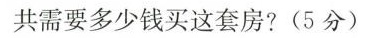
共需要多少钱买这套房?(5分)